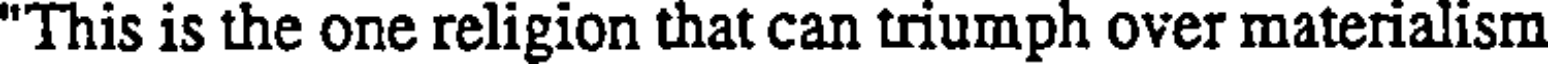
"This is the one religion that can triumph over materialism